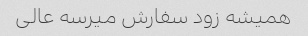
همیشه زود سفارش میرسه عالی